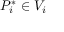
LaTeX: P _ { i } ^ { * } \in V _ { i }